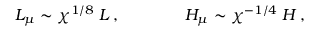
L _ { \mu } \sim \chi ^ { 1 / 8 } \; L \, , \qquad \qquad H _ { \mu } \sim \chi ^ { - 1 / 4 } \; H \, ,